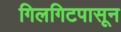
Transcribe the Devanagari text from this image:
गिलगिटपासून